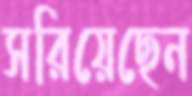
সরিয়েছেন